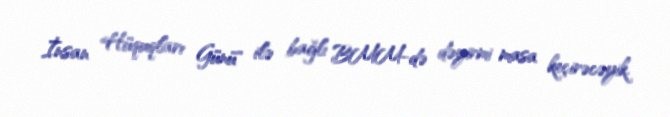
İnsan Hüquqları Günü" ilə bağlı BMM-də dəyirmi masa keçirəcəyik.